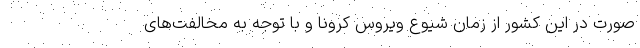
صورت در این کشور از زمان شیوع ویروس کرونا و با توجه به مخالفت‌های